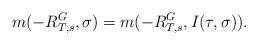
LaTeX: \begin{align*}m(-R^G_{T, s}, \sigma) = m(-R^G_{T, s}, I(\tau, \sigma)). \end{align*}